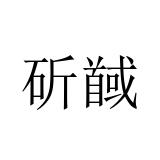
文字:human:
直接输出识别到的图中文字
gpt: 斫馘